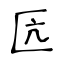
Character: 匟